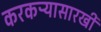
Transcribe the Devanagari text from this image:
करकऱ्यासारखी